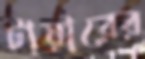
টায়ারের